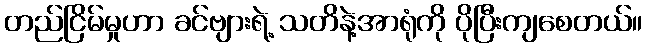
တည်ငြိမ်မှုဟာ ခင်ဗျားရဲ့ သတိနဲ့အာရုံကို ပိုပြီးကျစေတယ်။